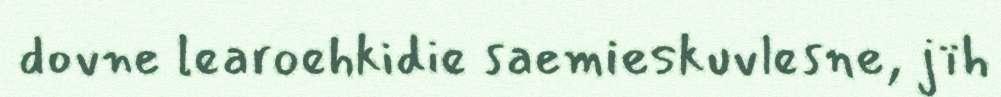
dovne learoehkidie saemieskuvlesne, jïh